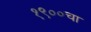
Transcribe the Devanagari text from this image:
१९००चा